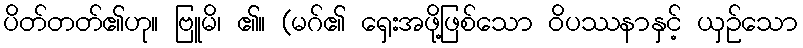
ပိတ်တတ်၏ဟု။ ဗြူမိ၊ ၏။ (မဂ်၏ ရှေးအဖို့ဖြစ်သော ဝိပဿနာနှင့် ယှဉ်သော